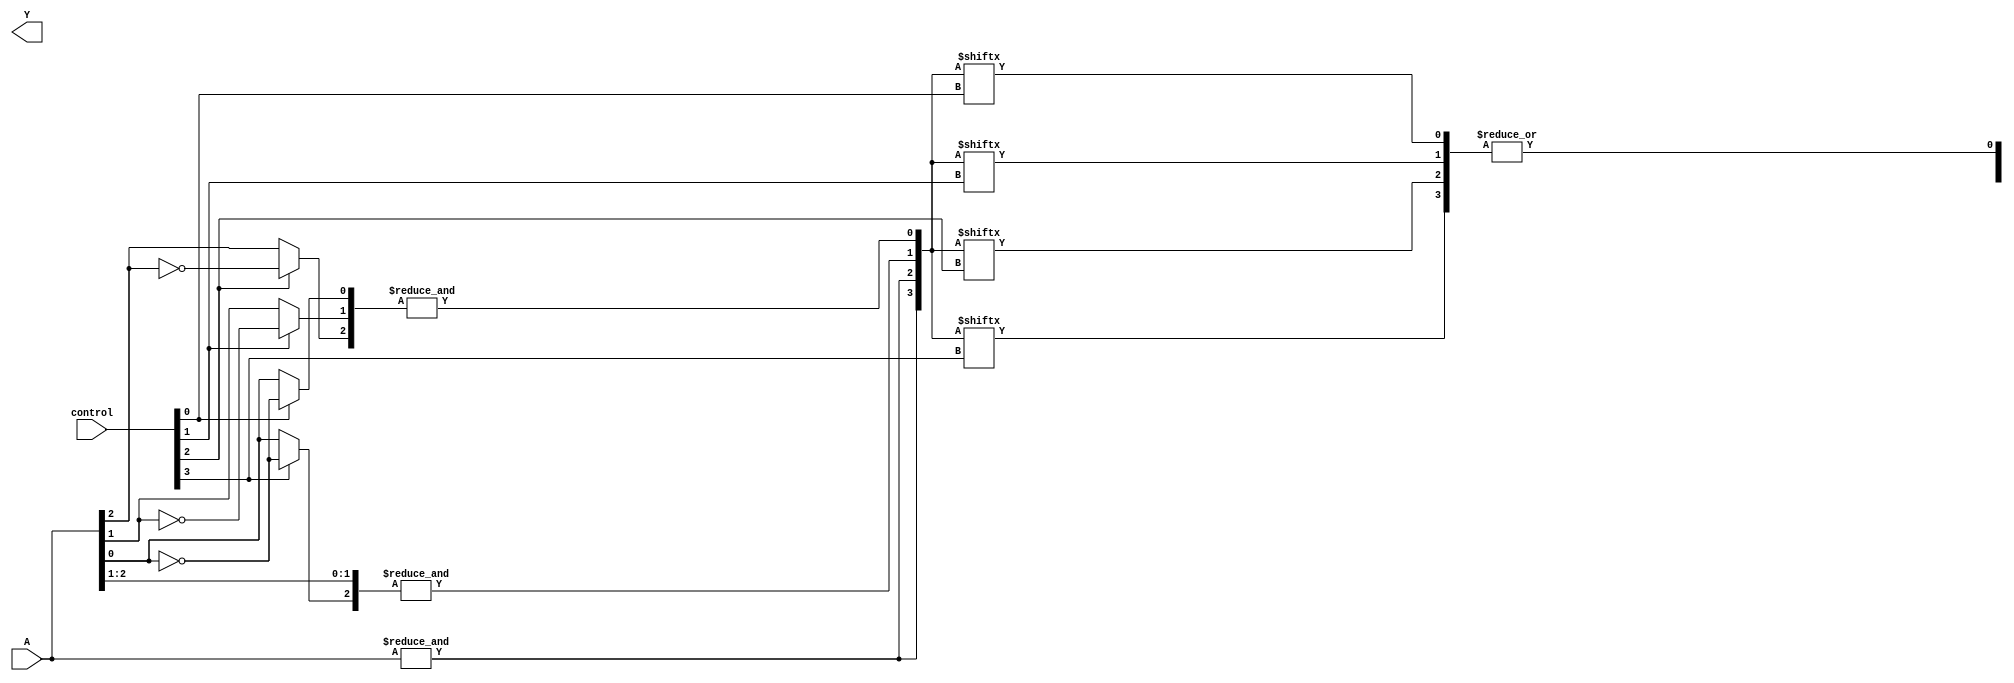
module PLA (
    input wire [N-1:0] A,      // Input lines (A, B, C, etc.)
    input wire [M-1:0] control, // Control signals for programmability
    output wire [P-1:0] Y      // Output lines (Y1, Y2, etc.)
);
    parameter N = 3; // Number of inputs
    parameter M = 4; // Number of AND gates
    parameter P = 2; // Number of outputs

    // Internal wires for product terms
    wire [M-1:0] P_terms; // Product terms from AND gates
    wire [P-1:0] OR_out;   // Outputs from OR gates

    // Programmable AND gates
    genvar i;
    generate
        for (i = 0; i < M; i = i + 1) begin : and_gates
            wire [N-1:0] and_inputs;
            assign and_inputs = {
                (control[i*N + 2] ? ~A[2] : A[2]), // Inversion control for A[2]
                (control[i*N + 1] ? ~A[1] : A[1]), // Inversion control for A[1]
                (control[i*N + 0] ? ~A[0] : A[0])  // Inversion control for A[0]
            };
            assign P_terms[i] = &and_inputs; // AND operation for product term
        end
    endgenerate

    // Programmable OR gates
    genvar j;
    generate
        for (j = 0; j < P; j = j + 1) begin : or_gates
            wire [M-1:0] or_inputs;
            assign or_inputs = {
                P_terms[control[j*M + 3]], // Connect product terms based on control signals
                P_terms[control[j*M + 2]],
                P_terms[control[j*M + 1]],
                P_terms[control[j*M + 0]]
            };
            assign Y[j] = |or_inputs; // OR operation for output
        end
    endgenerate

endmodule